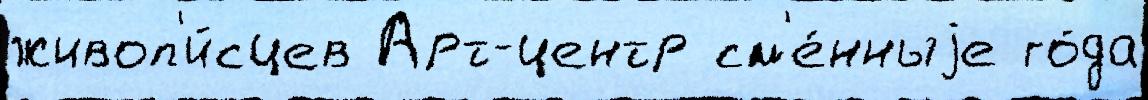
живоп'и́сцев Арт-центр см'е́нныjе го́да